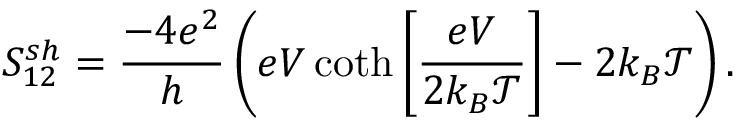
S _ { 1 2 } ^ { s h } = \frac { - 4 e ^ { 2 } } { h } \left( e V \coth \left[ \frac { e V } { 2 k _ { B } \mathcal { T } } \right] - 2 k _ { B } \mathcal { T } \right) .